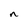
Character: n